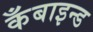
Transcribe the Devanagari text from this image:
कँबाइन्ड